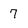
Character: 7